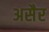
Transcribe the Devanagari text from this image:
असैर